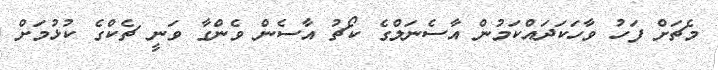
މެޗަށް ފަހު ވާހަކަދައްކަމުން އާސެނަލްގެ ކޯޗު އާސެން ވެންގާ ވަނީ ޗެކްގެ ކުޅުމަށް